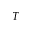
T